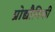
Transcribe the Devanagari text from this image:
प्रोद्यौेगिकी